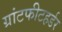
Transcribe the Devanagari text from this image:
ग्रांटफीटहर्डर